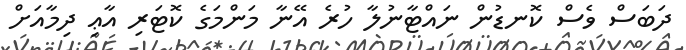
ދަބަސް ވެސް ކޮނޑުން ނައްޓާނުލާ ހުރެ އޭނާ މަންމަގެ ކޮޓަރި އާޢި ދިމާއަށް